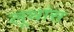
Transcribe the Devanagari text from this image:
लूथांस